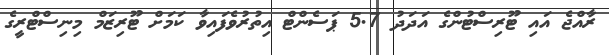
ރާއްޖެ އައި ޓޫރިސްޓުންގެ އަދަދު 5.7 ޕަސެންޓް އިތުރުވެފައިވާ ކަމަށް ޓޫރިޒަމް މިނިސްޓްރީގެ